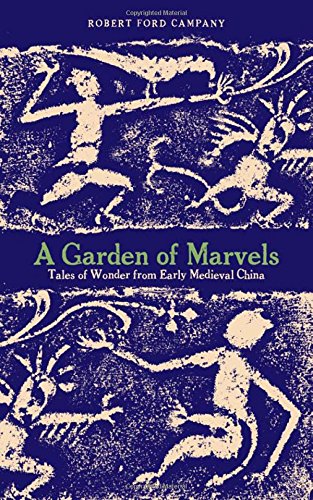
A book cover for A Garden of Marvels: Tales of Wonder from Early Medieval China; Robert, Ford Campany; Literature & Fiction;